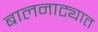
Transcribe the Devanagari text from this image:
बालनाट्यात